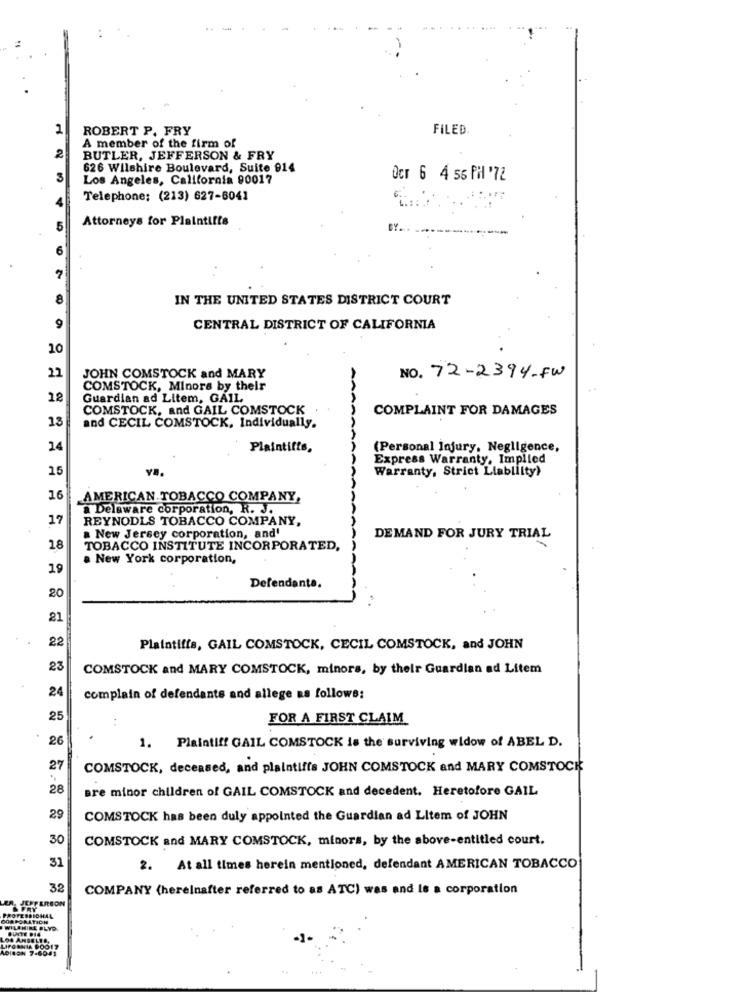
2
ROBERT P. FRY
FILED
A member of the firm of
2
BUTLER, JEFFERSON & FRY
626 Wilshire Boulevard, Suite 014
Los Angeles, California 90017
Ocr 6 4 56 PHl '72
Telephone: (213) 627-6041
Attorneys for Plaintiffs
BY
8
IN THE UNITED STATES DISTRICT COURT
9
CENTRAL DISTRICT OF CALIFORNIA
10
22
JOHN COMSTOCK and MARY
NO. 72-2394-FW
COMSTOCK, Minors by their
12
Guardian ad Litem, GAIL
COMSTOCK, and GAIL COMSTOCK
COMPLAINT FOR DAMAGES
13
and CECIL COMSTOCK, Individually.
AAAAAA
14
Plaintiffs,
(Personal Injury, Negligence,
Express Warranty, Implied
15
Warranty, Strict Liability)
16
AMERICAN TOBACCO COMPANY,
a Delaware Corporation, R. J.
17
REYNODLS TOBACCO COMPANY,
a New Jersey corporation, and'
DEMAND FOR JURY TRIAL
18
TOBACCO INSTITUTE INCORPORATED,
a New York corporation,
19
20
Defendanta.
21
22
Plaintiffs, GAIL COMSTOCK, CECIL COMSTOCK, and JOHN
23
COMSTOCK and MARY COMSTOCK, minors, by their Guardian ad Litem
24
complain of defendants and allege as follows:
25
FOR A FIRST CLAIM
26
1. Plaintiff GAIL COMSTOCK is the surviving widow of ABEL D.
27
COMSTOCK, deceased, and plaintiffs JOHN COMSTOCK and MARY COMSTOCK
28
are minor children of GAIL COMSTOCK and decedent. Heretofore GAIL
29
COMSTOCK has been duly appointed the Guardian ad Litem of JOHN
30
COMSTOCK and MARY COMSTOCK, minors, by the above-entitled court.
31
2. At all times herein mentioned, defendant AMERICAN TOBACCO
32
COMPANY (hereinafter referred to as ATC) was and le a corporation
A. JEFFERSON
ROFEBBIOHAL
PORATICH
TILAMIRE BLYD.
FORNIA POO17
ISON 7-6043